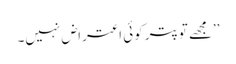
’’مجھے تو پتر کوئی اعتراض نہیں۔